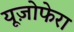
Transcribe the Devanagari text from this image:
यूज़ोफेरा